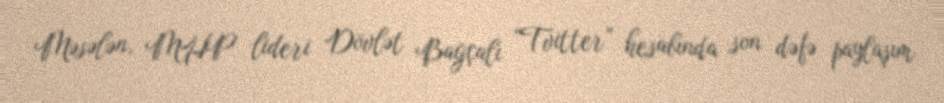
Məsələn, MHP lideri Dövlət Bağçalı “Tvitter” hesabında son dəfə paylaşım